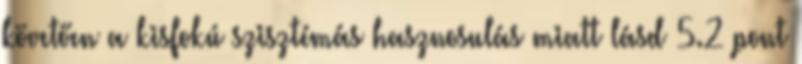
követően a kisfokú szisztémás hasznosulás miatt lásd 5.2 pont